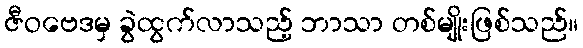
ဇီဝဗေဒမှ ခွဲထွက်လာသည့် ဘာသာ တစ်မျိုးဖြစ်သည်။